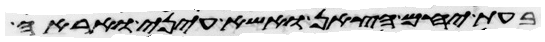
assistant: בעת יחם הצאן ואשא עיני ואראה